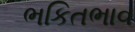
ભકિતભાવ